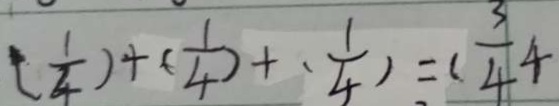
( \frac { 1 } { 4 } ) + ( \frac { 1 } { 4 } ) + ( \frac { 1 } { 4 } ) = ( \frac { 3 } { 4 } 4